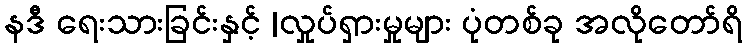
နဒီ ရေးသားခြင်းနှင့် |လှုပ်ရှားမှုများ ပုံတစ်ခု အလိုတော်ရိ